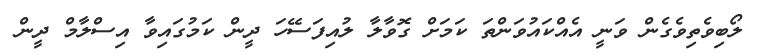
ލޯބިވެތިވެގެން ވަނީ އެއްކައުވަންތަ ކަމަށް ގޮވާލާ ލުއިފަސޭހަ ދީން ކަމުގައިވާ އިސްލާމް ދީން